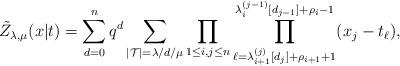
LaTeX: \begin{align*}\tilde{Z}_{\lambda ,\mu }(x|t)=\sum_{d=0}^{n}q^{d}\sum_{|\mathcal{T}|=\lambda /d/\mu }\prod_{1\leq i,j\leq n}\prod_{\ell =\lambda_{i+1}^{(j)}[d_{j}]+\rho _{i+1}+1}^{\lambda _{i}^{(j-1)}[d_{j-1}]+\rho_{i}-1}(x_{j}-t_{\ell }), \end{align*}